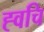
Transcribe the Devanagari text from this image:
ह्वचि